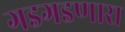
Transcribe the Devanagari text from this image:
गडगडणारा